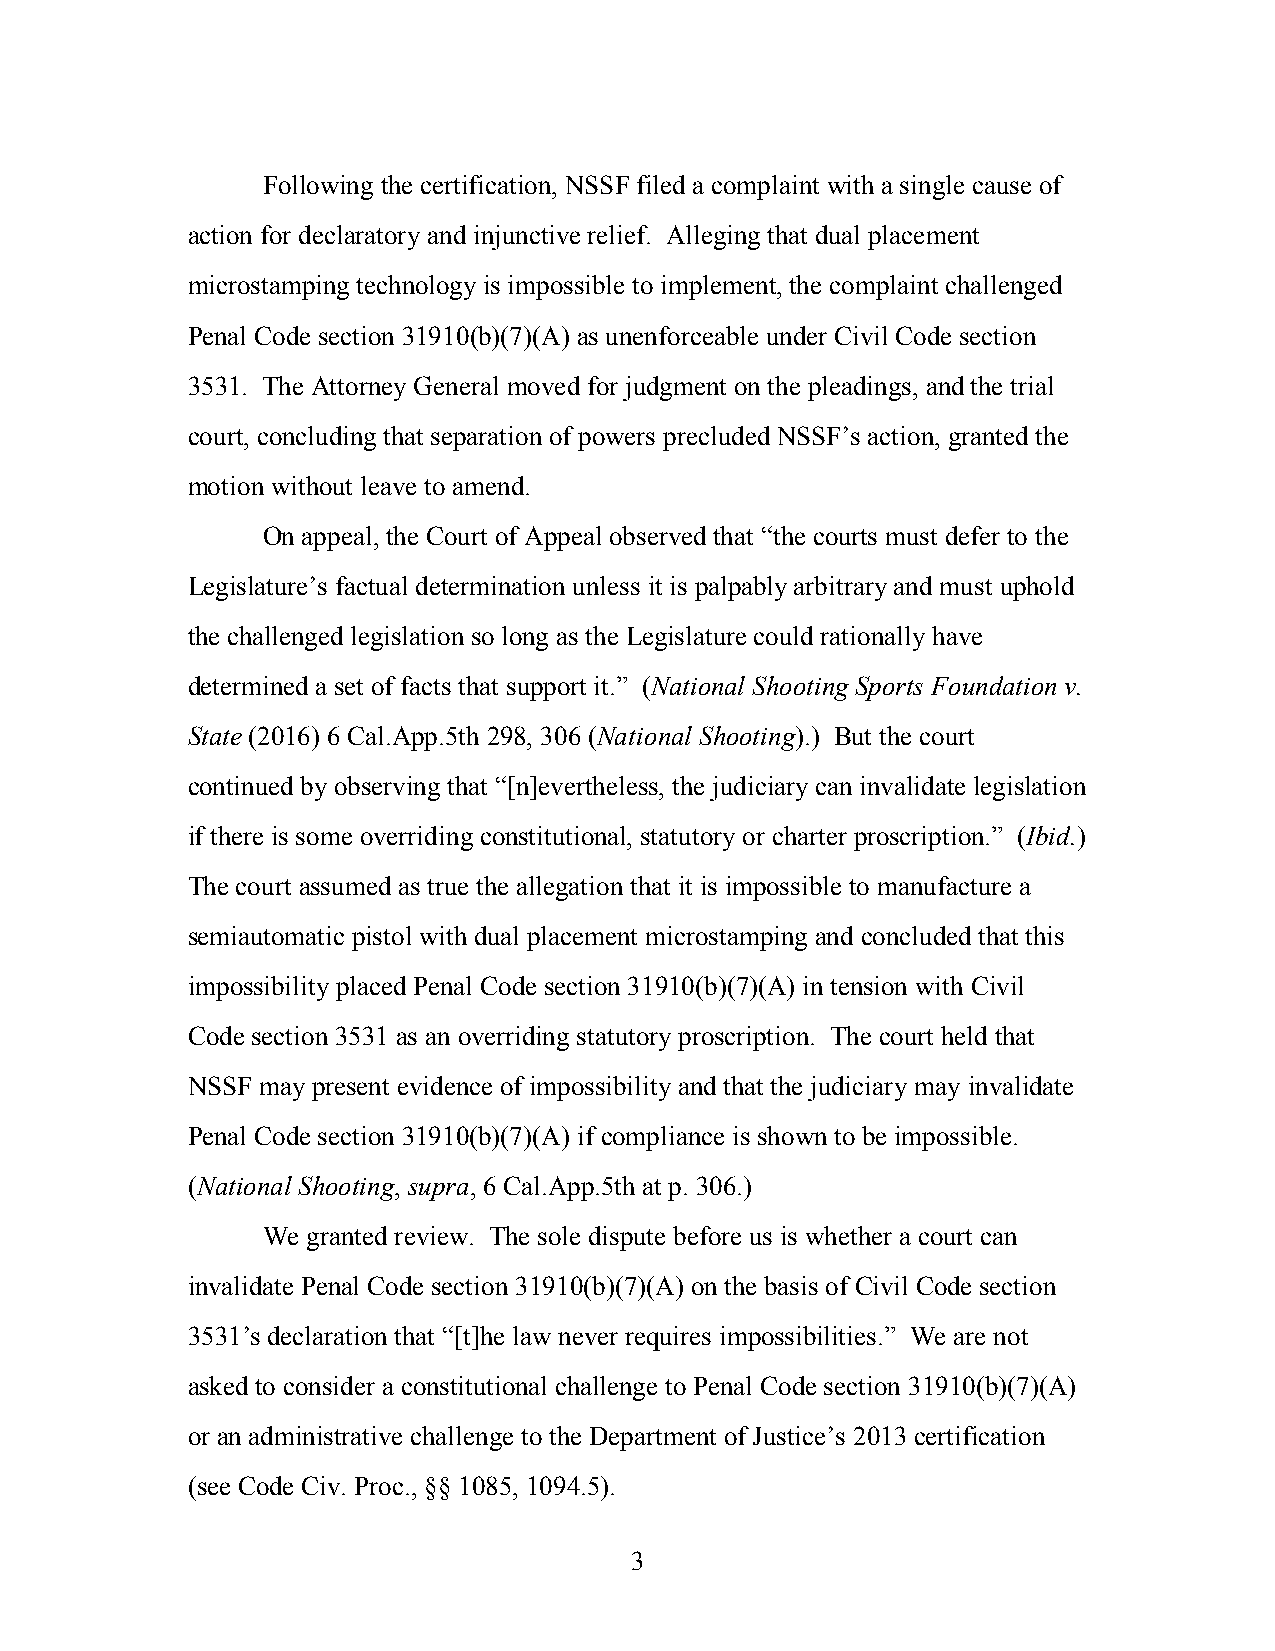
Following the certification, NSSF filed a complaint with a single cause of
 action for declaratory and injunctive relief. Alleging that dual placement
 microstamping technology is impossible to implement, the complaint challenged
 Penal Code section 31910(b)(7)(A) as unenforceable under Civil Code section
 3531. The Attorney General moved for judgment on the pleadings, and the trial
 court, concluding that separation of powers precluded NSSF’s action, granted the
 motion without leave to amend.
 On appeal, the Court of Appeal observed that “the courts must defer to the
 Legislature’s factual determination unless it is palpably arbitrary and must uphold
 the challenged legislation so long as the Legislature could rationally have
 determined a set of facts that support it.” (National Shooting Sports Foundation v.
 State (2016) 6 Cal.App.5th 298, 306 (National Shooting).) But the court
 continued by observing that “[n]evertheless, the judiciary can invalidate legislation
 if there is some overriding constitutional, statutory or charter proscription.” (Ibid.)
 The court assumed as true the allegation that it is impossible to manufacture a
 semiautomatic pistol with dual placement microstamping and concluded that this
 impossibility placed Penal Code section 31910(b)(7)(A) in tension with Civil
 Code section 3531 as an overriding statutory proscription. The court held that
 NSSF may present evidence of impossibility and that the judiciary may invalidate
 Penal Code section 31910(b)(7)(A) if compliance is shown to be impossible.
 (National Shooting, supra, 6 Cal.App.5th at p. 306.)
 We granted review. The sole dispute before us is whether a court can
 invalidate Penal Code section 31910(b)(7)(A) on the basis of Civil Code section
 3531’s declaration that “[t]he law never requires impossibilities.” We are not
 asked to consider a constitutional challenge to Penal Code section 31910(b)(7)(A)
 or an administrative challenge to the Department of Justice’s 2013 certification
 (see Code Civ. Proc., §§ 1085, 1094.5).
 3